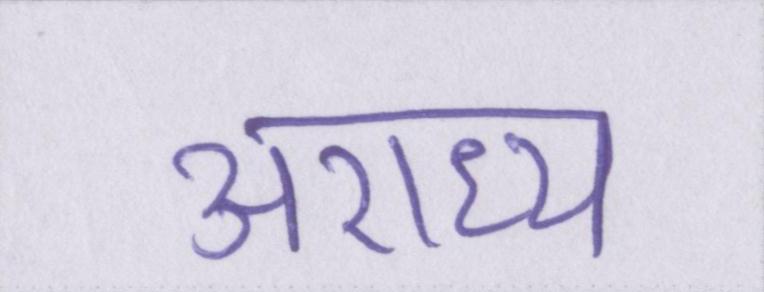
अराध्य